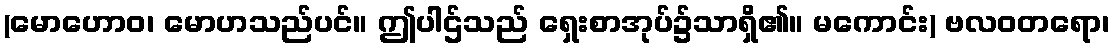
(မောဟောဝ၊ မောဟသည်ပင်။ ဤပါဌ်သည် ရှေးစာအုပ်၌သာရှိ၏။ မကောင်း) ဗလဝတရော၊